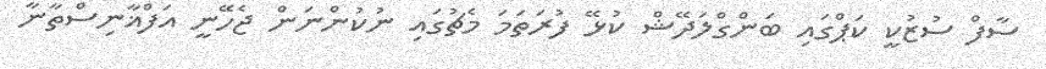
ސާފް ސުޒުކީ ކަޕްގައި ބަންގްލަދޭޝް ކުޅޭ ފުރަތަމަ މެޗުގައި ނުކުންނަން ޖެހޭނީ އަފްޣާނިސްތާނާ